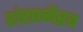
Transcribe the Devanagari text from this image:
शंखभैरव